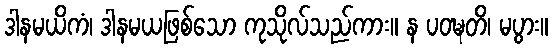
ဒါနမယိကံ၊ ဒါနမယဖြစ်သော ကုသိုလ်သည်ကား။ န ပဝဍ္ဎတိ၊ မပွား။